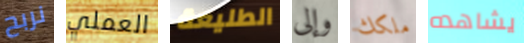
نربح العملي الطليعة وإلى ملكك يشاهده